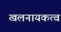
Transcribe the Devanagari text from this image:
खलनायकत्व